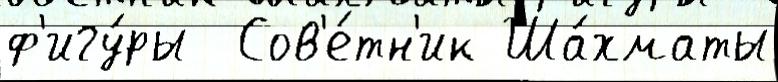
ф'игу́ры  Сов'е́тн'ик Ша́хматы